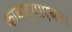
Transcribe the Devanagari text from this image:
कावळ्याएवढा